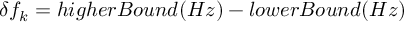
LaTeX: \begin{array} { r } { \delta f _ { k } = h i g h e r B o u n d ( H z ) - l o w e r B o u n d ( H z ) } \end{array}